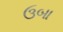
ઉબા